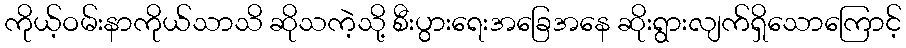
ကိုယ့်ဝမ်းနာကိုယ်သာသိ ဆိုသကဲ့သို့ စီးပွားရေးအခြေအနေ ဆိုးရွားလျက်ရှိသောကြောင့်